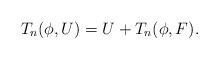
LaTeX: \begin{align*}T_n(\phi,U)=U+T_n(\phi,F).\end{align*}